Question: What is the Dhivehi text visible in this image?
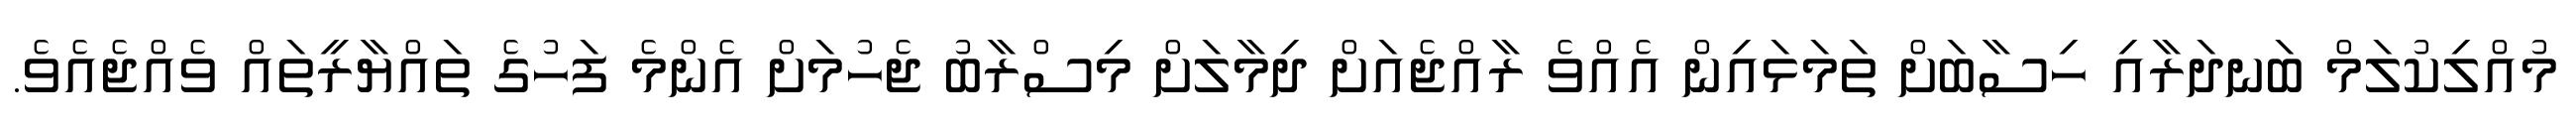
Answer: މުއްލިކުލަމް ބަނދަރާއި ހިސާބަށް ތަމަޅައިން އެއްވެ ރާއްޖެއަށް ދިމާލަށް މިސްރާބު ޖެހުމަށް އެންމެ ފަހުގެ ތައްޔާރީތައް ވެއްޖެއެވެ.